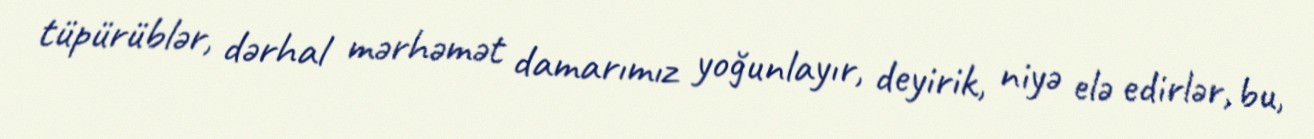
tüpürüblər, dərhal mərhəmət damarımız yoğunlayır, deyirik, niyə elə edirlər, bu,